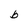
Character: b